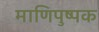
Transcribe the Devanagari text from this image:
माणिपुष्पक